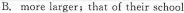
B.more larger;that of their school